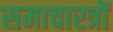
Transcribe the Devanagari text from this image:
समाचारत्रों